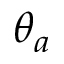
\theta _ { a }